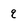
Character: q